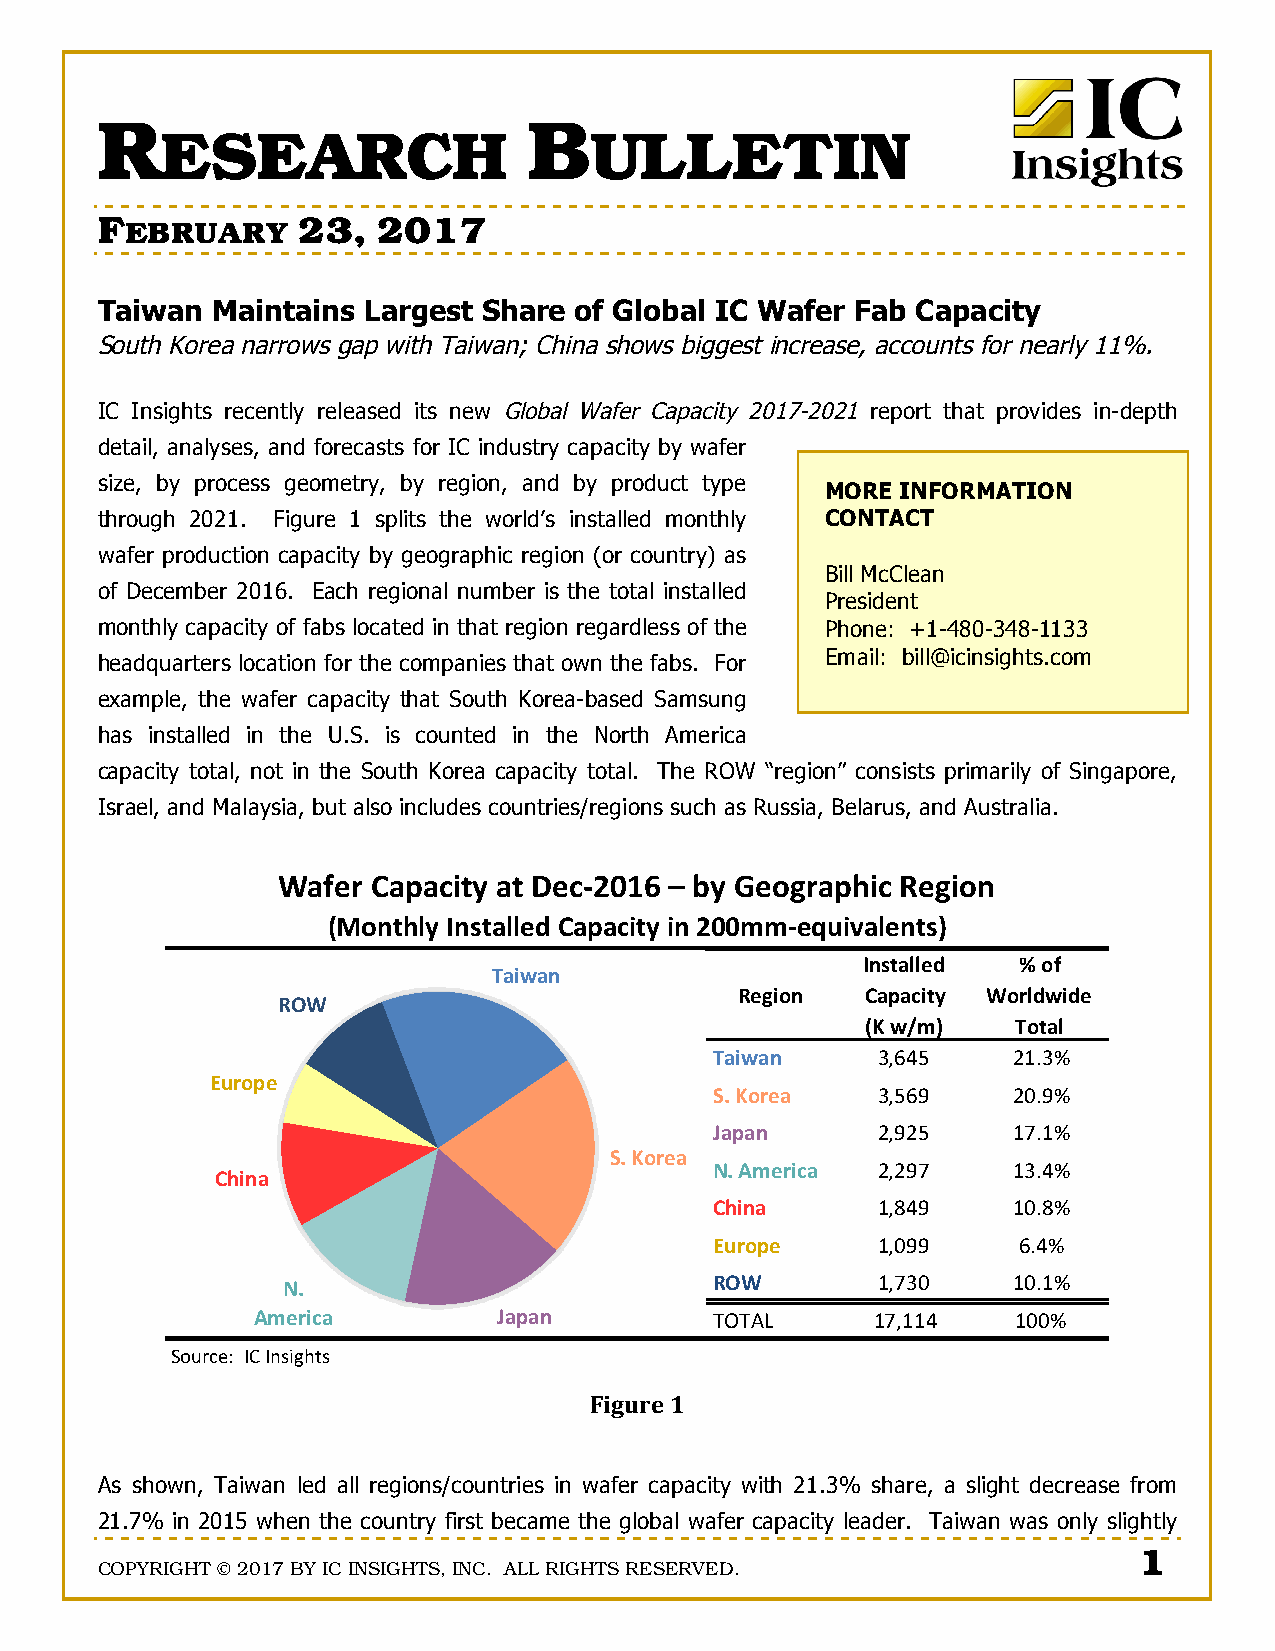
R                            B
 ESEARCH                     ULLETIN
 FEBRUARY      23,  2017
 Taiwan  Maintains Largest Share of Global IC Wafer Fab Capacity
 South Korea narrows gap with Taiwan; China shows biggest increase, accounts for nearly 11%.
 IC Insights recently released its new Global Wafer Capacity 2017-2021 report that provides in-depth
 detail, analyses, and forecasts for IC industry capacity by wafer
 size, by process geometry, by region, and by product type
 MORE INFORMATION
 through 2021. Figure 1 splits the world’s installed monthly CONTACT
 wafer production capacity by geographic region (or country) as
 Bill McClean
 of December 2016. Each regional number is the total installed
 President
 monthly capacity of fabs located in that region regardless of the Phone: +1-480-348-1133
 headquarters location for the companies that own the fabs. For Email: bill@icinsights.com
 example, the wafer capacity that South Korea-based Samsung
 has installed in the U.S. is counted in the North America
 capacity total, not in the South Korea capacity total. The ROW “region” consists primarily of Singapore,
 Israel, and Malaysia, but also includes countries/regions such as Russia, Belarus, and Australia.
 :*9";-.*/*0$)1-*)-F"0GHIJK-L-M1-N"%#;*/B$0-!"#$%&
 2O%&)B+1-'&()*++",-.*/*0$)1-$&-HII66G"PD$Q*+"&)(7
 '&()*++",- 8-%9-
 <*$4*&
 !"#$%&  .*/*0$)1 :%;+,4$,"-
 !E:
 23-4567   <%)*+
 <*$4*&     !"#$%    &'(!)
 CD;%/"
 =>-3%;"*   !"%#*    &+(*)
 ?*/*&      &"*&%    ',(')
 =>-3%;"*
 @>-A6";$0* &"&*,    '!($)
 .B$&*
 .B$&*      '"-$*    '+(-)
 CD;%/"     '"+**    #($)
 @>-                         !E:        '",!+    '+(')
 A6";$0*         ?*/*&         ./.01      ',"''$   '++)
 234567899:;9:<=>?@A=
 Figure 1
 As shown, Taiwan led all regions/countries in wafer capacity with 21.3% share, a slight decrease from
 21.7% in 2015 when the country first became the global wafer capacity leader. Taiwan was only slightly
 1
 COPYRIGHT © 2017 BY IC INSIGHTS, INC. ALL RIGHTS RESERVED.